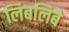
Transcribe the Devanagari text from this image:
लिबलिबे